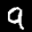
Label: 9